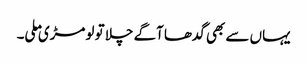
یہاں سے بھی گدھا آگے چلا تو لومڑی ملی۔